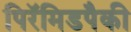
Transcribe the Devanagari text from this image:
पिरॅमिडपैकी